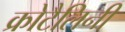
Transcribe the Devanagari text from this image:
क्रोटैलिनी